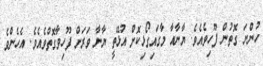
ހުންނަ ގޮތުން ފޫހިވެއެވެ. ޔާނާއާ މާގައިގޯޅިކޮށް އުޅޭތީ ޔާނާ ވަރަށް ފޫހިވާގޮތްވެއެވެ. އެހެންވެ